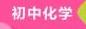
初中化学